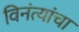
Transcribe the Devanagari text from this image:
विनंत्यांचा